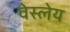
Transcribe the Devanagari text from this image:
वेस्लेय